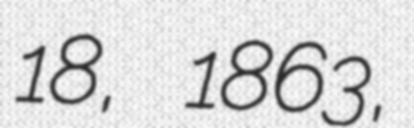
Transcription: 18, 1863,